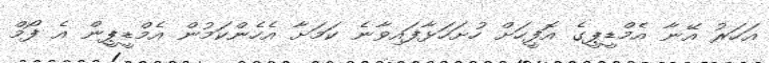
އަހަރު އޭނާ އެމްޑީޕީގެ އޮފީހަށް ހުށަހަޅާފައިވާނެ ކަމަށާ އެހެންކަމުން އެމްޑީޕީން އެ ފޯމް